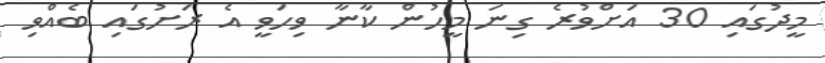
މީދުގައި 30 އަށްވުރެ ގިނަ މީހުން ކާނާ ވިހަވީ އެ ރަށުގައި ބެއްވި